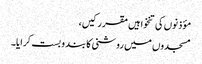
مؤذنوں کی تنخواہیں مقرر کیں،
مسجدوں میں روشنی کا بند و بست کرایا۔